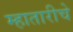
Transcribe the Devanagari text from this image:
म्हातारीचे